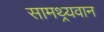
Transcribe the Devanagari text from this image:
सामथ्र्यवान